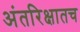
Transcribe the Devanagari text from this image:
अंतरिक्षातच